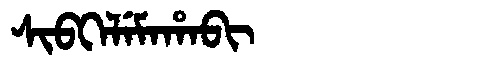
Manchu: ᠰᡳᠪᡴᡝᠯᡝᠮᠠᡥᠠᠪᡳ
Romanization: SIBKELEMAHABI